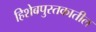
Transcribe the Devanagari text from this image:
हिशेबपुस्तकातील